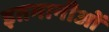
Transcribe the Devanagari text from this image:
इतमानीओं